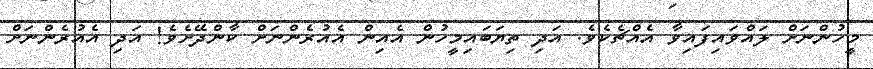
މީހުންނަށް ލައްވައިފައިވާ އެއްޗެކެވެ. އަދި ތިޔަބައިމީހުން އެއިން އެއުރެންނަށް ކާންދޭށެވެ! އަދި އެއުރެންނަށް